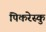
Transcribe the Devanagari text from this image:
पिकरेस्कु